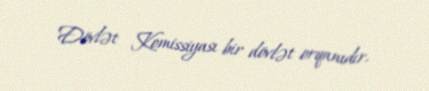
Dövlət Komissiyası bir dövlət orqanıdır.